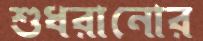
শুধরানোর